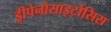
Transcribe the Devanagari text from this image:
ड्रीपेनोसाइटोसिस